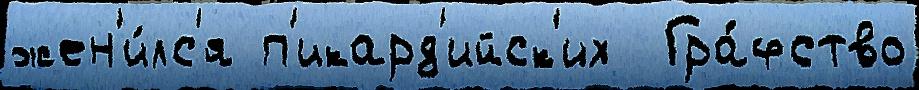
жен'и́лс'я п'икард'ийск'их  Гра́фство